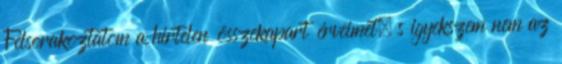
Felsorakoztatom a hirtelen összekapart érveimet, s igyekszem nem az